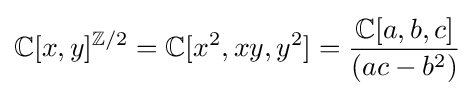
\mathbb {C} [x,y]^{\mathbb {Z} /2}=\mathbb {C} [x^{2},xy,y^{2}]={\frac {\mathbb {C} [a,b,c]}{(ac-b^{2})}}